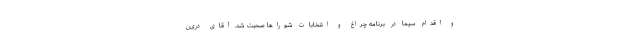
و اقدام سیما در برنامه چراغ و انتخابات شوراها صحبت شد. آقاى دری‌ن